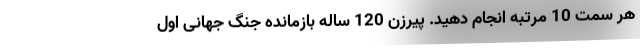
هر سمت 10 مرتبه انجام دهید. پیرزن 120 ساله بازمانده جنگ جهانی اول